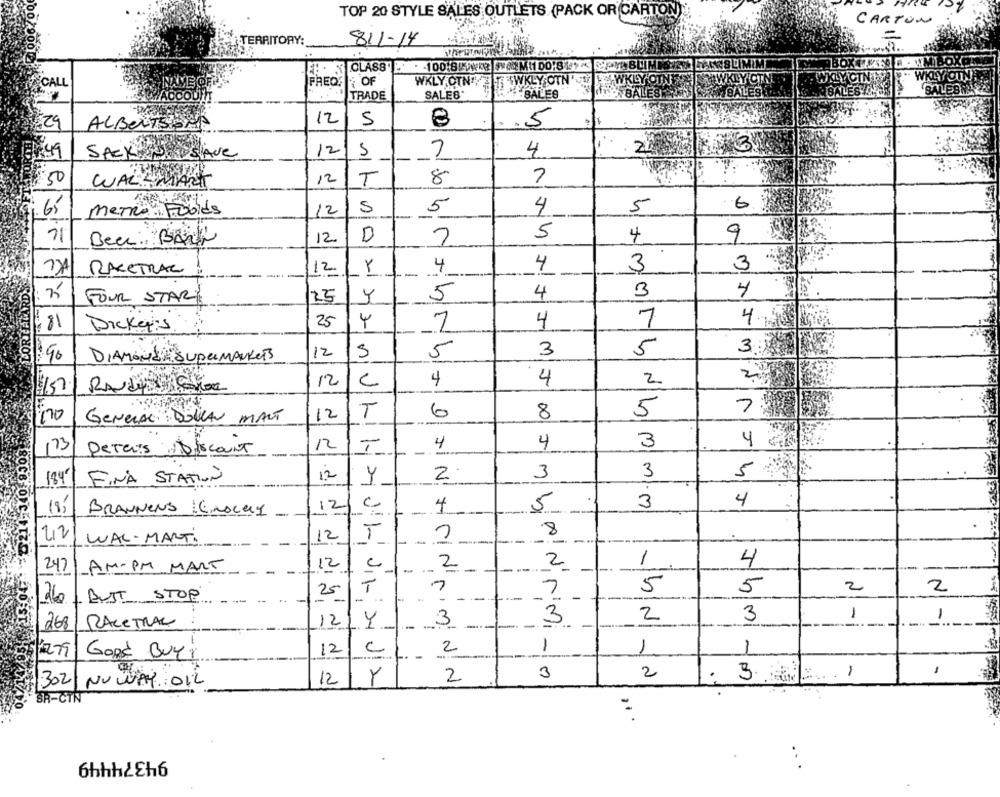
TOP 20 STYLE SALES OUTLETS (PACK OR CARTON);
CARTON:
TERRITORY:
811-14
..
OF
WKLY.OTN" T
IT SWKLY OTN'
WKLY CIN TV7
ECALL
NAME OF Y
FREQS
WKLY OTNE
WWKLY CIN
TRADE
SALES
BALES
BALESE
BALESET
BALES CORI
12
$29
ALBERTSOM
5
.5
12
4
22
1.49
SACK SAve
5
-
50
WAL- MART
12
T
8
7
6
65
meTRO Fobids
12
5
5
4
5
71
Beer BANK
12
D
5
4
9
RACETRAC
12
4
4
3
3
---
LORILLAR
4
3
4
FOUR STAR
25
Y
3
5
25
4
4
7
Dickeris
3
3.00
DIAMONEK SUPERMANKET
12
5
5
n1
12
C
4
4
2
12
6
8
5
75052
GENERAL BOLLA MART
T
12
4
3
4 20
173
DeTais Discount
T
71
FINA STATION
12
2
3
3
5
184€
Y
3
4
4
5
18,
BRANNENS EnOcas -
12
8
42
WAL-MARTi
12
-
----
--
2
1
4
242
AM.PM MART
12
C
-
-
---
2.
25/T
7
5
5
2
2
BUST STOP
-
--
7
26
2
-
-
12/
3
3
3
----
268/RACETRAC
.Y
--
-
-
=
12
C
2
1
1
1
Good Buyi
2
3
2
3.
-
1:302
NO WAY OIL
12
Y
SR-CTN
94374449
..